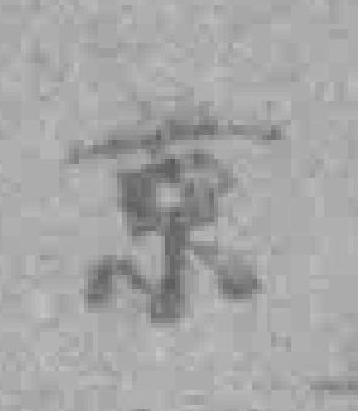
京